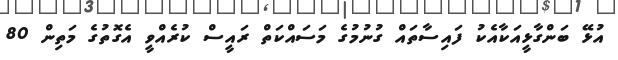
އުޅޭ ބަންގާޅީއަކާއެކު ފައިސާތައް ގުނުމުގެ މަސައްކަތް ރައީސް ކުރެއްވީ އެގޮތުގެ މަތިން 80